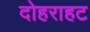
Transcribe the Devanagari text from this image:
दोहराहट